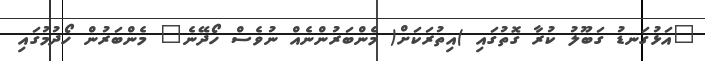
"އަޅުގަނޑު ގަބޫލު ކުރާ ގޮތުގައި )އިތުރަކަށް( މެންބަރުންނެއް ނުވެސް ހޯދޭނެ" މެންބަރުން ހޯދުމުގައި